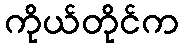
ကိုယ်တိုင်က